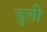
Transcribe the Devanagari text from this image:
डुली